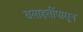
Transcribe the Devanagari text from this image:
वसाहतींपासून